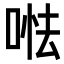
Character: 𠵐